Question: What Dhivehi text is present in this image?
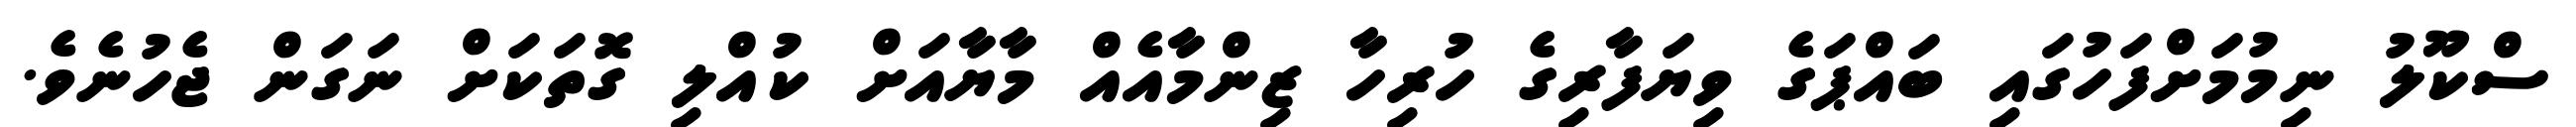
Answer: ސްކޫލު ނިމުމަށްފަހުގައި ބައްޕަގެ ވިޔަފާރިގެ ހުރިހާ ޒިންމާއެއް މާޔާއަށް ކުއްލި ގޮތަކަށް ނަގަން ޖެހުނެވެ.